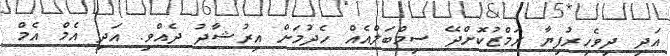
އަދި ދިވެހިރުފިޔާ ރަމްޒުކޮށްދޭ ސިމްބަލްއެއް ހެދުމަށް އިރުޝާދު ދެއްވި. އަދި އެމް އެމް